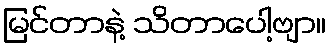
မြင်တာနဲ့ သိတာပေါ့ဗျာ။